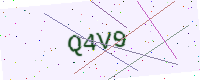
Text: Q4V9